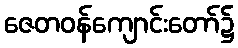
ဇေတဝန်ကျောင်းတော်၌